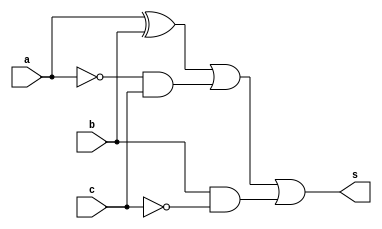
// ------------------------- 
// Exemplo0024 - DIFERENCA
// Nome: Gabriel Carlos Damasceno Arriel
// ------------------------- 
// -------------------------
// diferenca
// -------------------------
module Diferenca (output s, input  a, input  b, input c);
	wire not1,not2,and1,and2,xor1;
	
	not NOT1 (not1, a);
	not NOT3 (not2, c);
	xor XOR1 (xor1, a, b);
	and AND1 (and1, not1, c);
	and AND2 (and2, b, not2);
	or  OR1  (s, xor1, and1, and2);
endmodule // Diferenca

module test_Diferenca;
// ------------------------- definir dados
   reg x;
	reg y;
	reg c;
	wire s;
	
 Diferenca diferenca (s, x, y, c);
	
	initial begin: start
		x = 0; 
		y = 0;
		c = 0;
	end
	
// ------------------------- parte principal
   initial begin
      $display("Exemplo0024 - Gabriel Carlos Damasceno Arriel - 451557");
      $display("Test ALU's diferenca");
      $monitor("%b(a) %b(b) %b(c) = %b(s)",x,y,c,s); 
		#1 x = 0; y = 0; c = 1;  
		#1 x = 0; y = 1; c = 0;
		#1 x = 0; y = 1; c = 1;
		#1 x = 1; y = 0; c = 0;
		#1 x = 1; y = 0; c = 1;
		#1 x = 1; y = 1; c = 0;
		#1 x = 1; y = 1; c = 1;
   end
endmodule // test_Diferenca